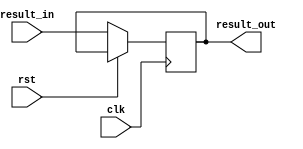
`timescale 1ns / 1ps
//////////////////////////////////////////////////////////////////////////////////
// Company: 
// Engineer: 
// 
// Design Name: 
// Module Name: result_latch
// Project Name: 
// Target Devices: 
// Tool Versions: 
// Description: 
// 
// Dependencies: 
// 
// Revision:
// Revision 0.01 - File Created
// Additional Comments:
// 
//////////////////////////////////////////////////////////////////////////////////


module result_latch(
    input wire clk,
    input wire rst,
    input wire [9:0] result_in,
    
    output reg [9:0] result_out

    );
    
reg [9:0] result_nxt;


always @(posedge clk)
          result_out <= result_nxt;
    
always @*
        if (rst)
           result_nxt <= result_out;
        else
           result_nxt <= result_in;
    
          
    
    
    
endmodule